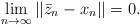
LaTeX: \begin{align*}\lim_{n\to\infty}||\bar{z}_n-x_{n}||=0.\end{align*}